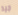
جيد